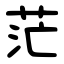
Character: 茫